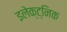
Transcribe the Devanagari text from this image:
इलेक्ट्निक